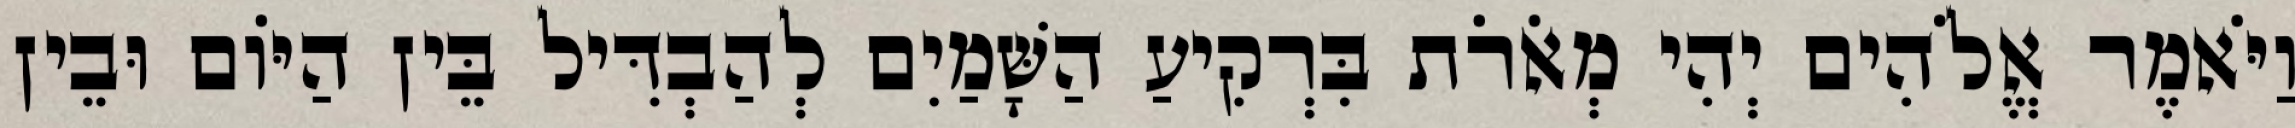
וַיֹּאמֶר אֱלֹהִים יְהִי מְאֹרֹת בִּרְקִיעַ הַשָּׁמַיִם לְהַבְדִּיל בֵּין הַיֹּום וּבֵין